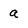
Character: a